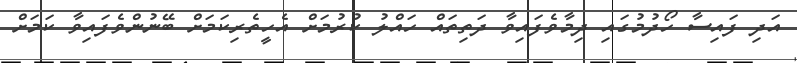
އަދި ފައިސާ ހޯދުމުގައި ދިމާވެފައިވާ ދަތިތައް ހައްލު ކުރުމަށް އެހީތެރިކަމަށް ބޭނުންވެފައިވާ ކަމަށް